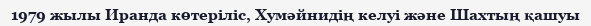
1979 жылы Иранда көтеріліс, Хумәйнидің келуі және Шахтың қашуы